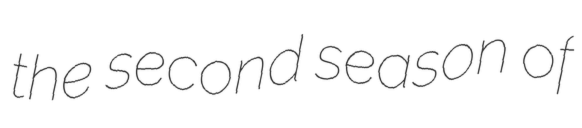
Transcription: the second season of